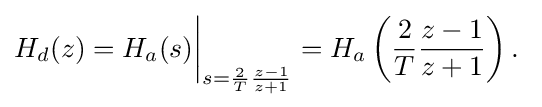
H_{d}(z)=H_{a}(s){\bigg |}_{s={\frac {2}{T}}{\frac {z-1}{z+1}}}=H_{a}\left({\frac {2}{T}}{\frac {z-1}{z+1}}\right).\